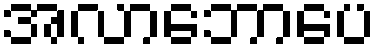
အလာဘောပေ